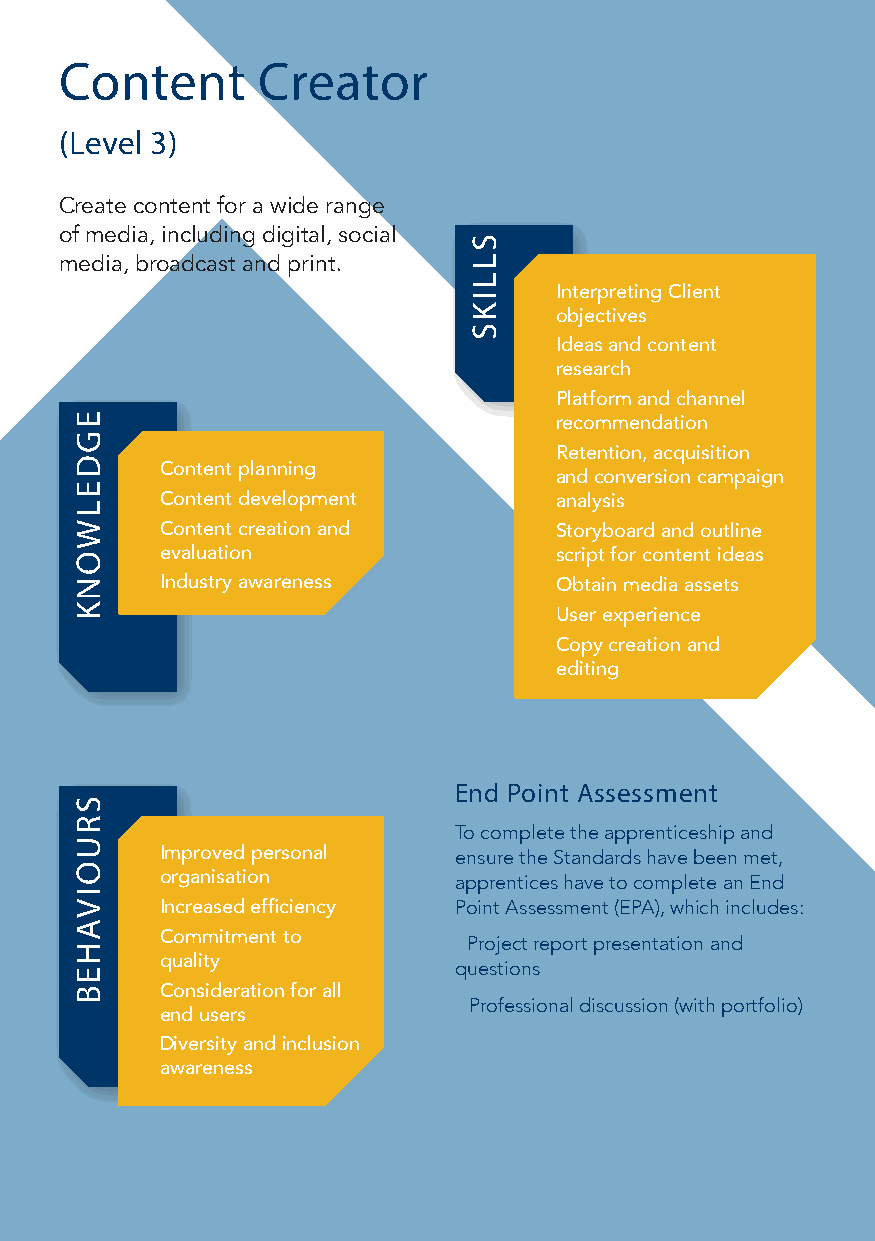
Content      Creator
 (Level 3)
 Create content for a wide range
 of media, including digital, social
 media, broadcast and print.
 ● Interpreting Client
 objectives
 ● Ideas and content
 research
 ● Platform and channel
 recommendation
 ● Retention, acquisition
 ● Content planning
 and conversion campaign
 ● Content development       analysis
 ● Content creation and     ● Storyboard and outline
 evaluation                script for content ideas
 ● Industry awareness       ● Obtain media assets
 ● User experience
 ● Copy creation and
 editing
 End Point Assessment
 To complete the apprenticeship and
 ● Improved personal  ensure the Standards have been met,
 organisation       apprentices have to complete an End
 ● Increased efficiency Point Assessment (EPA), which includes:
 ● Commitment to      ● Project report presentation and
 quality            questions
 ● Consideration for all
 ● Professional discussion (with portfolio)
 end users
 ● Diversity and inclusion
 awareness
 EGDELWONK
 SRUOIVAHEB
 SLLIKS